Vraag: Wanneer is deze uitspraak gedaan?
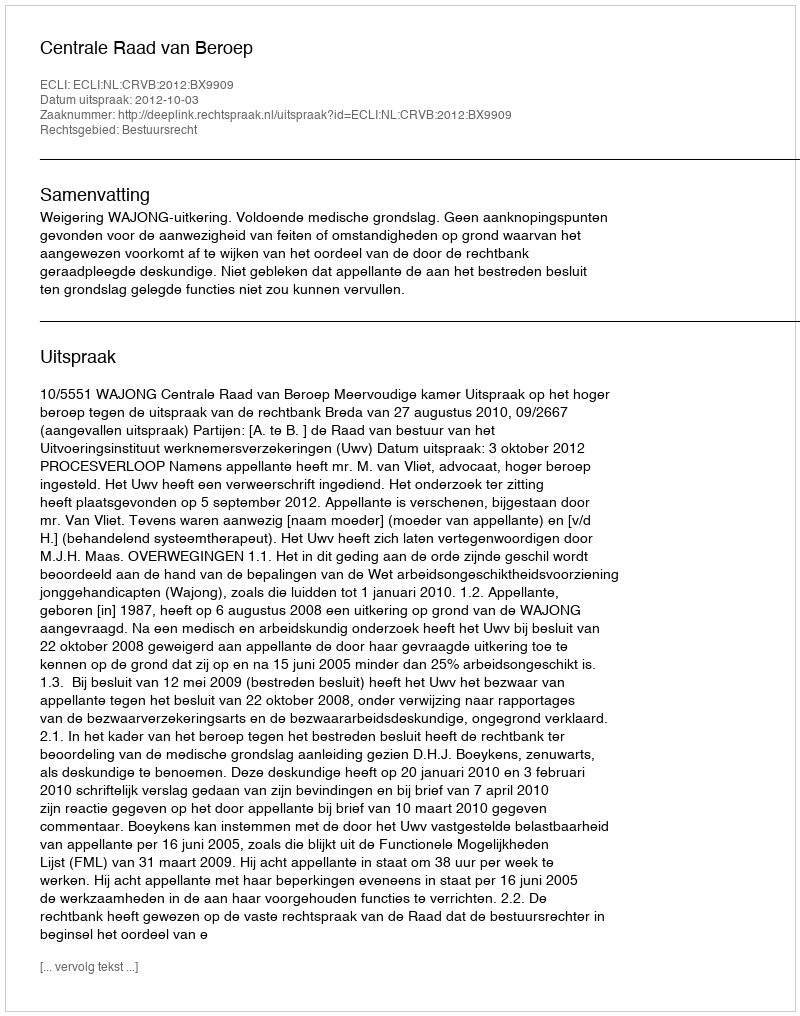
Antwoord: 2012-10-03